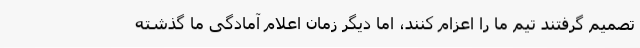
تصمیم گرفتند تیم ما را اعزام کنند، اما دیگر زمان اعلام آمادگی ما گذشته